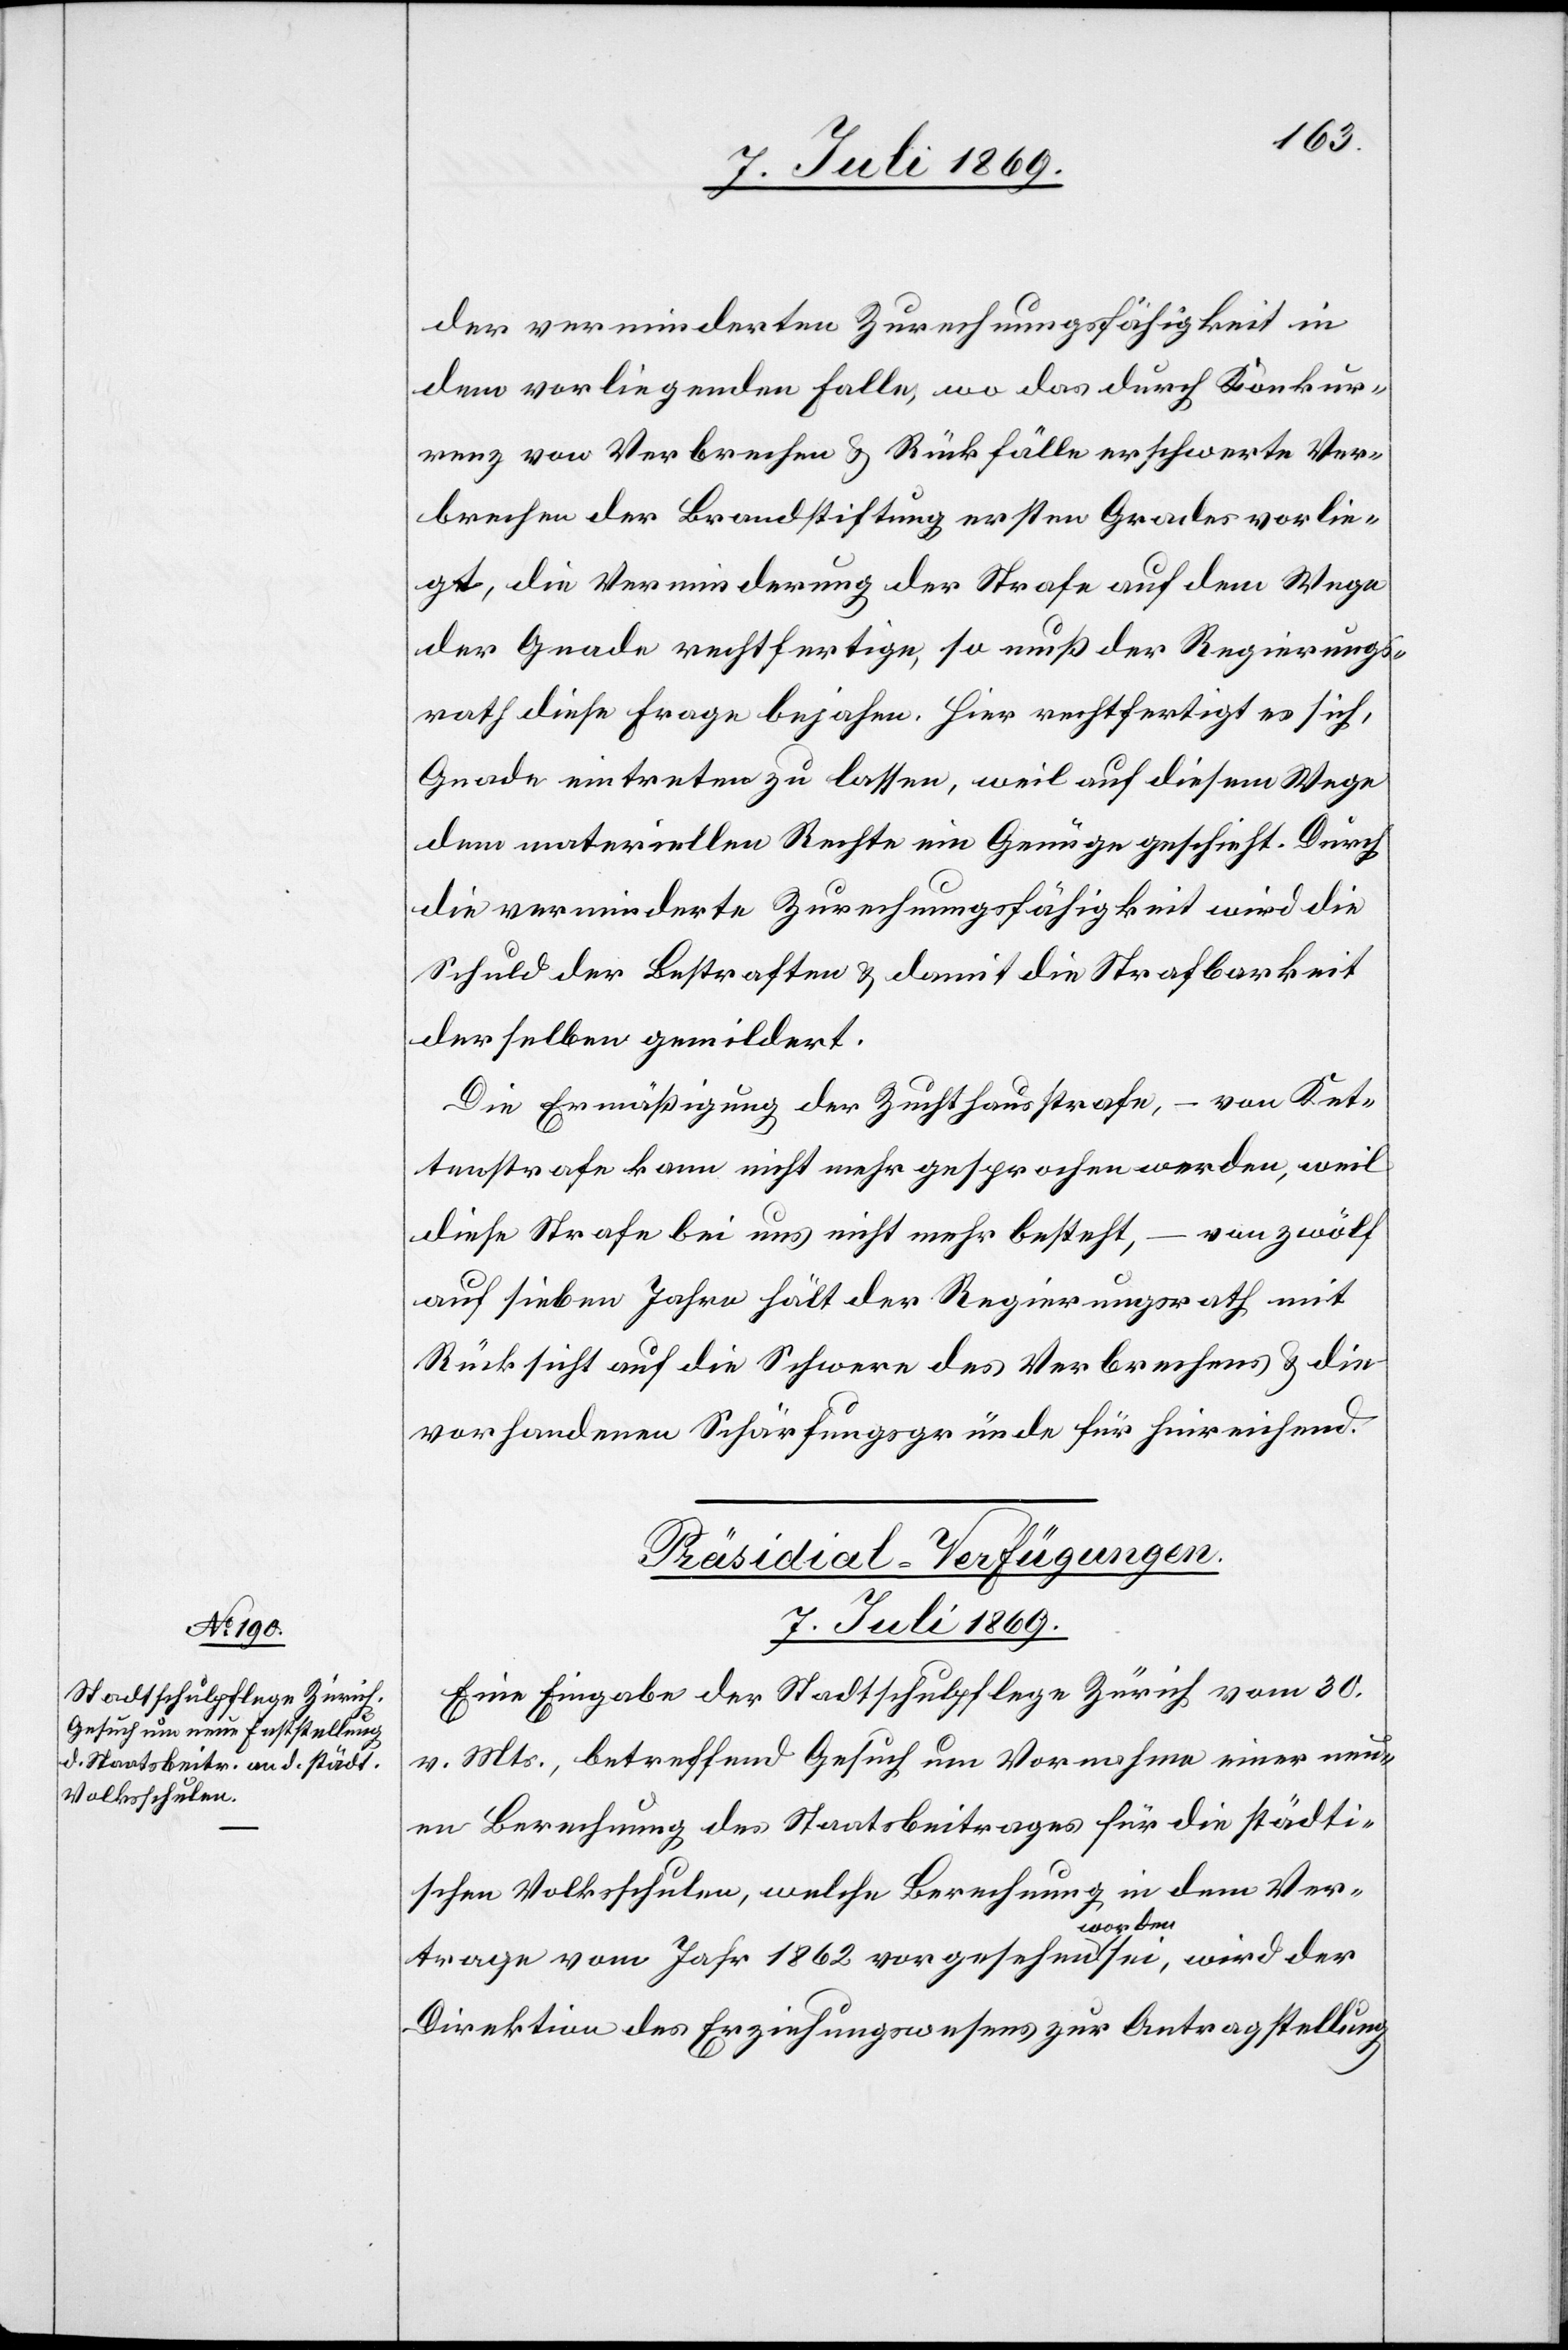
der verminderten Zurechnungsfähigkeit in
dem vorliegenden Falle, wo das durch Konkur¬
renz von Verbrechen u. Rückfällen erschwerte Ver¬
brechen der Brandstiftung ersten Grades vorlie¬
gt, die Verminderung der Strafe auf dem Wege
der Gnade rechtfertige, so muß der Regierungs¬
rath diese Frage bejahen. Hier rechtfertigt es sich,
Gnade eintreten zu lassen, weil auf diesem Wege
dem materiellen Rechte ein Genüge geschieht. Durch
die verminderte Zurechnungsfähigkeit wird die
Schuld der Bestraften u. damit die Strafbarkeit
derselben gemildert.
Die Ermässigung der Zuchthausstrafe, – von Ket¬
tenstrafe kann nicht mehr gesprochen werden, weil
diese Strafe bei uns nicht mehr besteht, – von zwölf
auf sieben Jahre hält der Regierungsrath mit
Rücksicht auf die Schwere des Verbrechens u. die
vorhandenen Schärfungsgründe für hinreichend.
Präsidial-Verfügungen.
7. Juli 1869.
Eine Eingabe der Stadtschulpflege Zürich vom 30.
v. Mts., betreffend Gesuch um Vornahme einer neu¬
en Berechnung des Staatsbeitrages für die städti¬
schen Volksschulen, welche Berechnung in dem Ver¬
trage vom Jahr 1862 vorgesehen worden sei, wird der
Direktion des Erziehungswesens zur Antragstellung